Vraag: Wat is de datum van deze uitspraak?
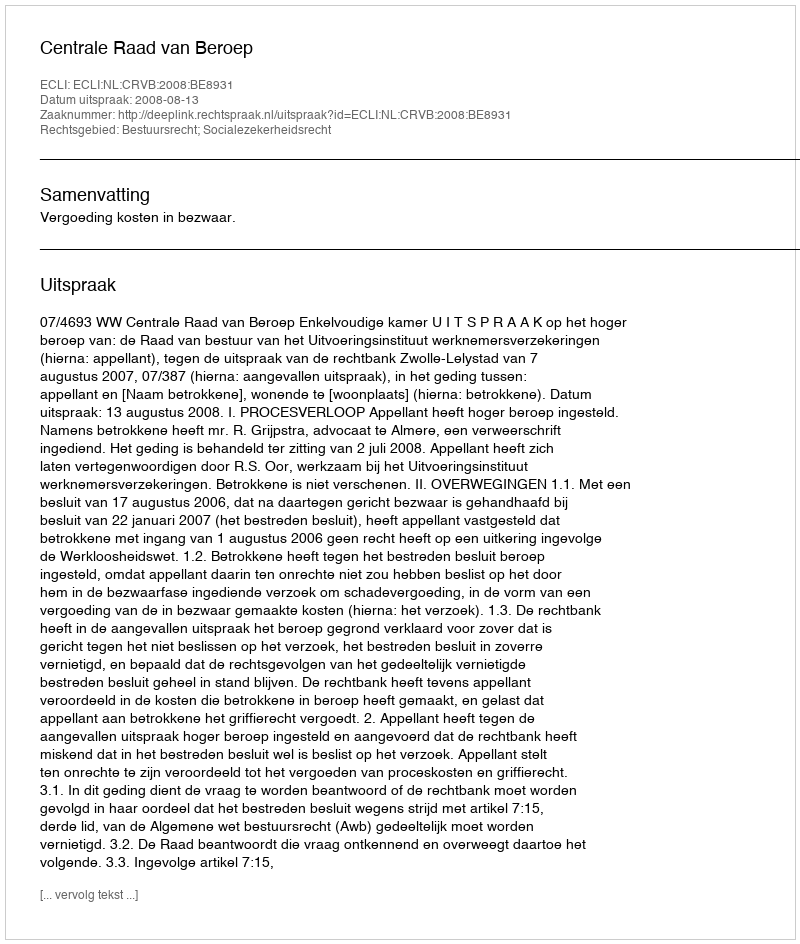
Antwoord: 2008-08-13